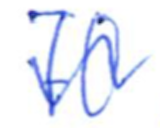
Text: 70
Cross-out: wave
Writing tool: ballpoint